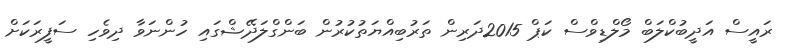
ރައީސް އަދީބުކްލަބް މޯލްޑިވްސް ކަޕް 2015ދަރިން ތަރުބިއްޔަތުކުރުން ބަންގްލަދޭޝްގައި ހުންނަވާ ދިވެހި ސަފީރަކަށް